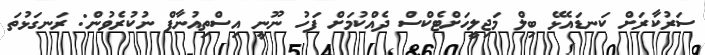
ސަރުކާރަށް ކަނޑައެޅޭ ބިލް މަޖިލީހަށްޓެކްސް ދެއްކުމަށް ފަހު ނޫނީ އިސްތިއުނާފް ނުކުރެވުން: ރަނގަޅުތަ